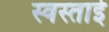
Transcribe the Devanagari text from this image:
स्वस्ताई